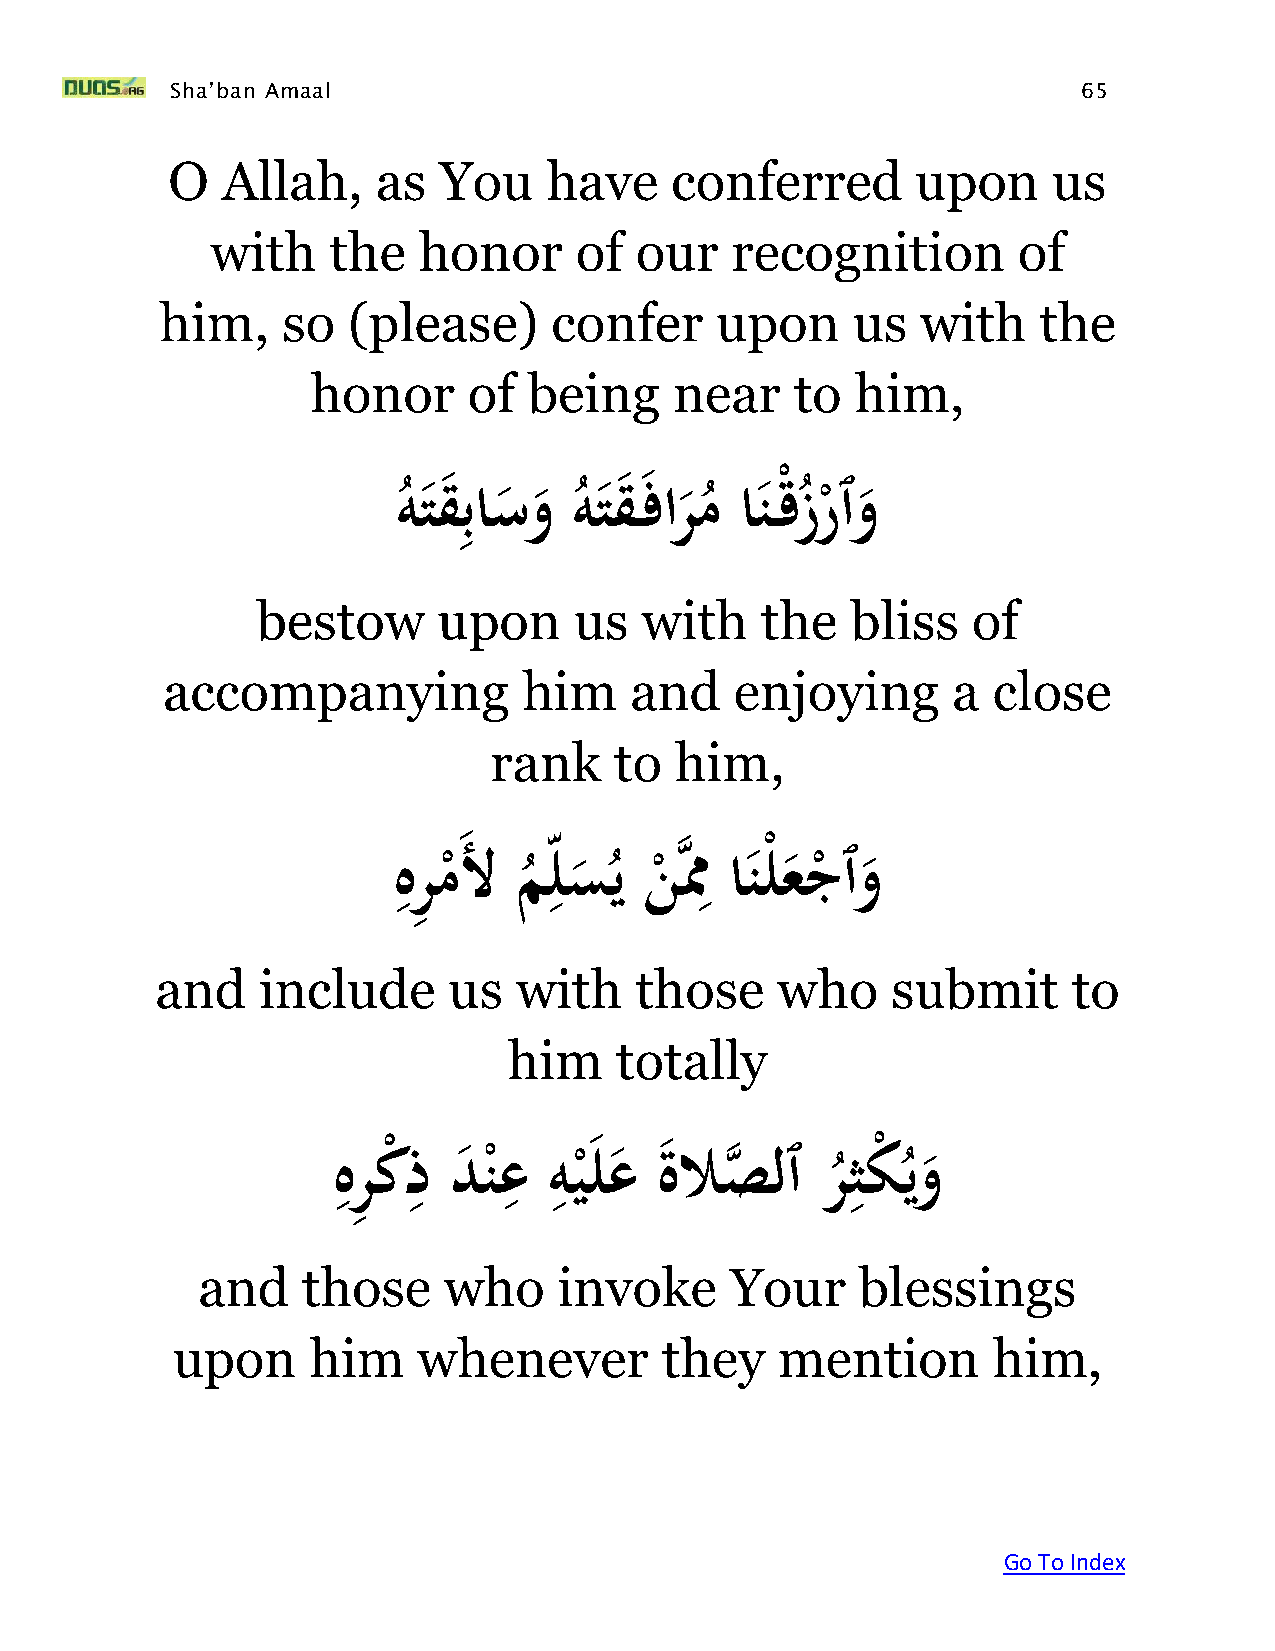
Sha’ban Amaal                                                65
 O   Allah,    as  You    have    conferred        upon     us
 with    the   honor     of  our   recognition        of
 him,    so  (please)     confer     upon     us   with    the
 honor     of  being     near    to  him,
 ِ
 هَتق باسوَهتق   فارمَان  ْقزرٱو
 ُ           ُ       ُ      ُ ْ
 bestow      upon     us  with    the   bliss   of
 accompanying            him    and    enjoying      a  close
 rank     to  him,
 ِ         ِ         ِ
 َهرِ م َلَم لسيَنهمََانلْعجٱو
 ْ    ُ     ُ  ْ          ْ
 and    include      us  with    those    who     submit      to
 him    totally
 ِ    ِ     ِ  ِ                   ِ
 َهرِ
 كْ ذَدنعَهي   لعَ  ةلاصه  لٱَرثكْ  يو
 ْ     ْ                ُ   ُ
 and    those    who     invoke     Your     blessings
 upon     him     whenever        they   mention        him,
 Go To Index